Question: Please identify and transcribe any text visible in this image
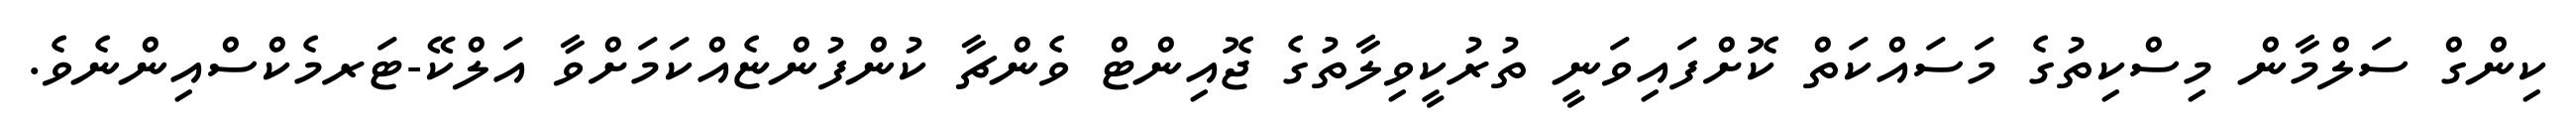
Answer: ކިންގް ސަލްމާން މިސްކިތުގެ މަސައްކަތް ކޮށްފައިވަނީ ތުރުކީވިލާތުގެ ޖޮއިންޓް ވެންޗާ ކުންފުންޏެއްކަމަށްވާ އަލްކޭ-ޓަރމެކްސްއިންނެވެ.